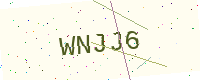
Text: WNJJ6